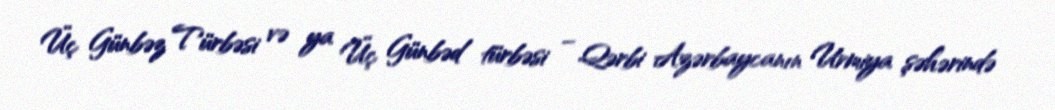
Üç Günbəz Türbəsi və ya Üç Günbəd türbəsi – Qərbi Azərbaycanın Urmiya şəhərində